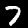
Digit: 7